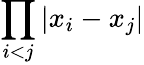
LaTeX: \displaystyle{\prod_{i<j}|x_{i}-x_{j}|}